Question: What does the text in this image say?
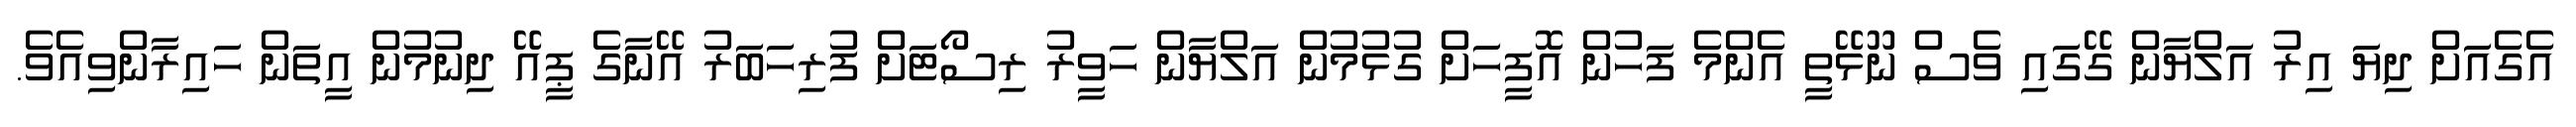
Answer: އެގެއަށް ދިޔަ އިރު އަލްޔާން ގޭގައި ވެސް ނޫޅޭތީ އެންމެ ފަހުން އޮފީހަށް ގުޅުމުން އަލްޔާން ހަވީރު ރިސޯޓަށް ފުރިހަބަރު އޭނާގެ ޕީއޭ ދިނުމުން އީތަން ހައިރާންވިއެވެ.